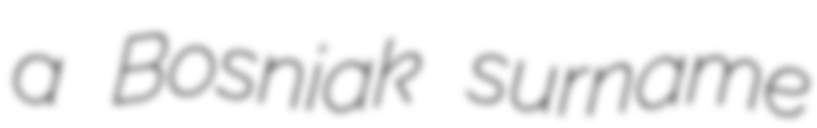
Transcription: a Bosniak surname